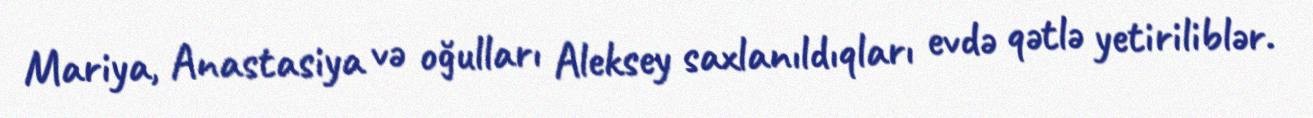
Mariya, Anastasiya və oğulları Aleksey saxlanıldıqları evdə qətlə yetiriliblər.